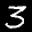
Label: 3